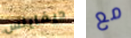
ديفاينس مع